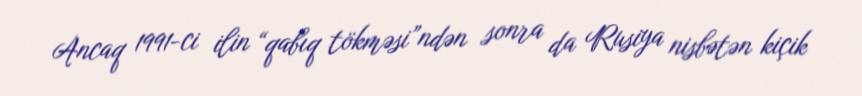
Ancaq 1991-ci ilin “qabıq tökməsi”ndən sonra da Rusiya nisbətən kiçik